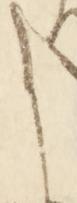
こ